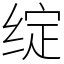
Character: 绽